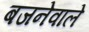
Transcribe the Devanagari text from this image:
बजनेवाले